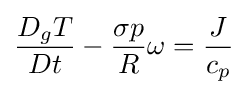
{\frac {D_{g}T}{Dt}}-{\frac {\sigma p}{R}}\omega ={\frac {J}{c_{p}}}